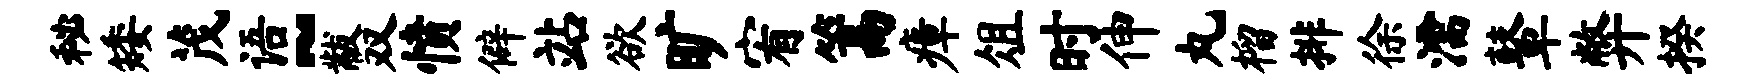
秘矮茂语~黻双愤僻站欲旷宥篙瘴俎时伸丸榴排徐濡鼙弊揆